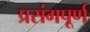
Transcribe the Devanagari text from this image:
प्रसंगपूर्ण